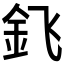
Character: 𰼠